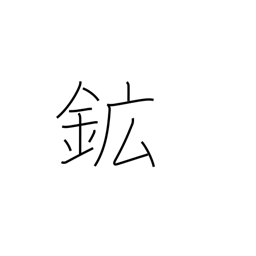
Meaning: ore